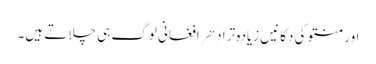
اور منتو کی دکانیں زیادہ تر ادهر افغانی لوگ ہی چلاتے ہیں۔